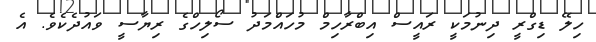
ހިލޭ ޑިގްރީ ދިނުމަކީ ރައީސް އިބްރާހިމް މުހައްމަދު ސޯލިހްގެ ރިޔާސީ ވައުދެކެވެ. އެ